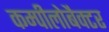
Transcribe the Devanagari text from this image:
कम्पीलोबैक्टर